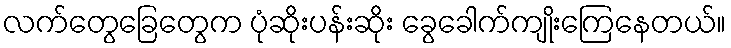
လက်တွေခြေတွေက ပုံဆိုးပန်းဆိုး ခွေခေါက်ကျိုးကြေနေတယ်။